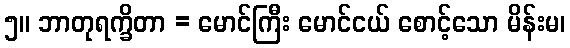
၅။ ဘာတုရက္ခိတာ = မောင်ကြီး မောင်ငယ် စောင့်သော မိန်းမ၊